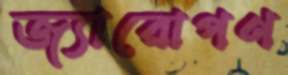
জ্যারোপণ